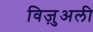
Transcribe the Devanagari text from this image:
विज़ुअली